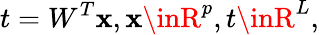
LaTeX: t=W^{T}\mathbf{x},\mathbf{x}\inR^{p},t\inR^{L},